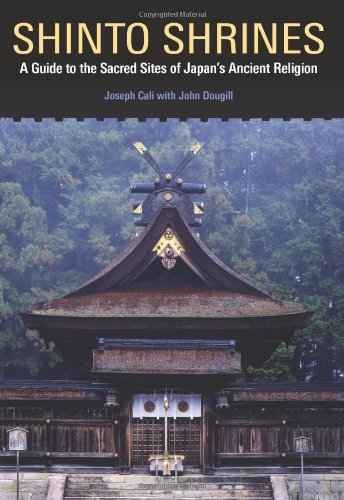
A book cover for Shinto Shrines: A Guide to the Sacred Sites of Japan's Ancient Religion; Joseph Cali; Religion & Spirituality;